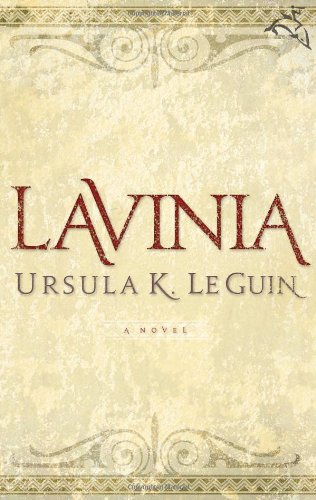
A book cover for Lavinia; Ursula K. Le Guin; Science Fiction & Fantasy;